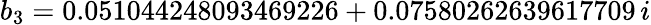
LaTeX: b_{3}=0.051044248093469226+0.07580262639617709\, i